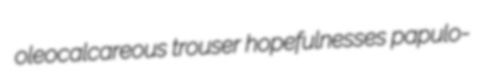
oleocalcareous trouser hopefulnesses papulo-